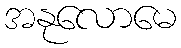
အနုလောမေ